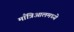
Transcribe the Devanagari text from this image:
माँत्रिआलमध्ये